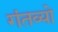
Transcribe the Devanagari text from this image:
गंतव्यो